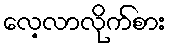
လေ့လာလိုက်စား